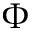
\Phi